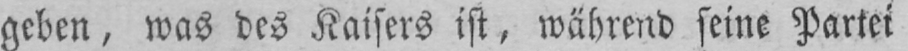
geben, was des Kaisers ist, während seine Partei